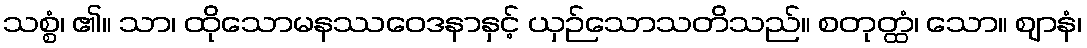
သစ္စံ၊ ၏။ သာ၊ ထိုသောမနဿဝေဒနာနှင့် ယှဉ်သောသတိသည်။ စတုတ္ထံ၊ သော။ ဈာနံ၊